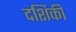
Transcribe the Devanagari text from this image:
दशिकी